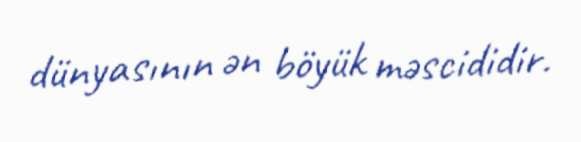
dünyasının ən böyük məscididir.